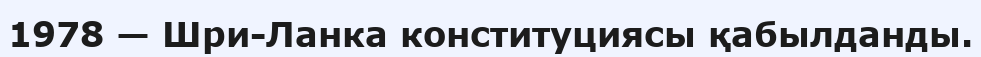
1978 — Шри-Ланка конституциясы қабылданды.